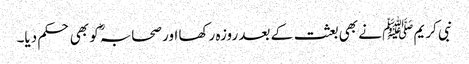
نبی کریم ﷺ نے بھی بعثت کے بعد روزہ رکھا اور صحابہؓ کو بھی حکم دیا۔